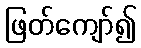
ဖြတ်ကျော်၍